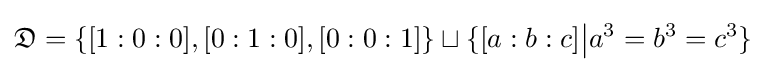
{\mathfrak {D}}=\{[1:0:0],[0:1:0],[0:0:1]\}\sqcup \{[a:b:c]{\big |}a^{3}=b^{3}=c^{3}\}